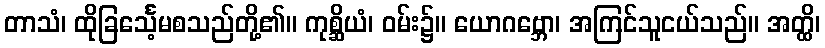
တာသံ၊ ထိုခြင်္သေ့မစသည်တို့၏။ ကုစ္ဆိယံ၊ ဝမ်း၌။ ယောဂဗ္ဘော၊ အကြင်သူငယ်သည်။ အတ္ထိ၊